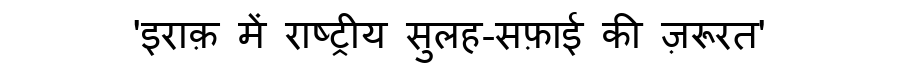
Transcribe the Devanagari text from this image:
'इराक़ में राष्ट्रीय सुलह-सफ़ाई की ज़रूरत'